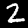
Label: 2